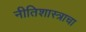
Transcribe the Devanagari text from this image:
नीतिशास्त्राचा